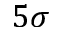
5 \sigma